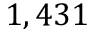
1 , 4 3 1